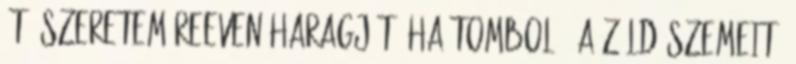
Őt. Szeretem Reeven haragját, ha tomboló, a zöld szemeit,